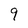
Character: 9